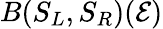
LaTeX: B(S_{L},S_{R})(\mathcal{E})